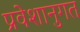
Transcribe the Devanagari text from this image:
प्रवेशानुगत